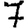
Digit: 7